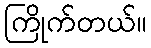
ကြိုက်တယ်။